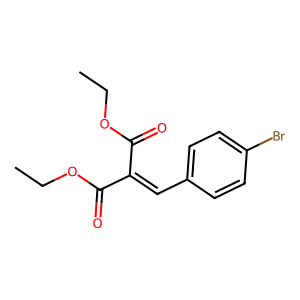
SMILES: CCOC(=O)C(=Cc1ccc(Br)cc1)C(=O)OCC
Inhibits HIV replication: No